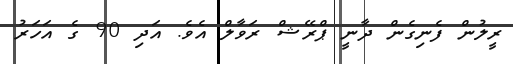
ރީލުން ފެނިގެން ދާނީ ޕްރޭޝް ރަވާލް އެވެ. އަދި 90 ގެ އަހަރު